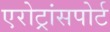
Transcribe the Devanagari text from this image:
एरोट्रांसपोर्ट